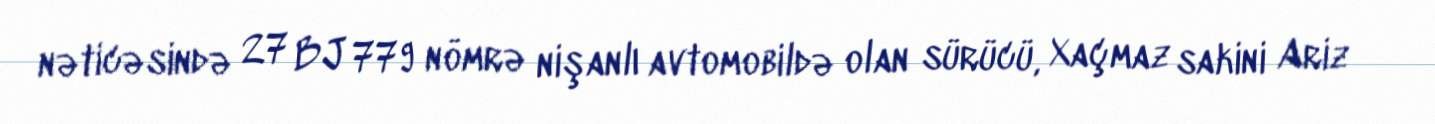
nəticəsində 27 BJ 779 nömrə nişanlı avtomobildə olan sürücü, Xaçmaz sakini Ariz